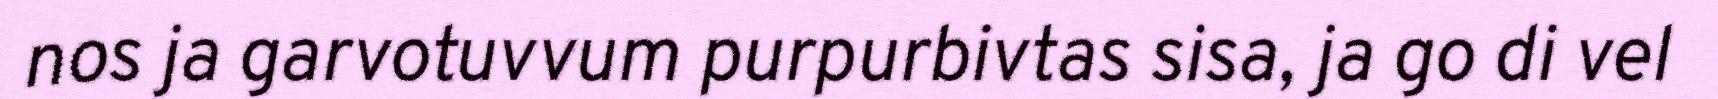
nos ja garvotuvvum purpurbivtas sisa, ja go di vel